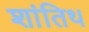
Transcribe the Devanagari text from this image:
शांतिथ